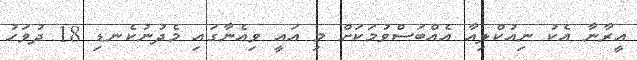
އީރާނާ އެކު ނިއުކްލިއާ އެއްބަސްވުމަކަށް މި އައީ ވިއެނާގައި މެދުނުކެނޑި 18 ދުވަހު